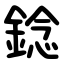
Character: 錜